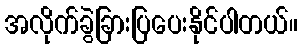
အလိုက်ခွဲခြားပြပေးနိုင်ပါတယ်။